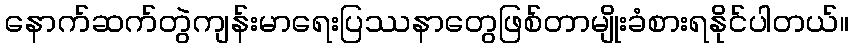
နောက်ဆက်တွဲကျန်းမာရေးပြဿနာတွေဖြစ်တာမျိုးခံစားရနိုင်ပါတယ်။